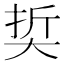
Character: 𡘭